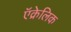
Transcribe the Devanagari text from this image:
ऍक्रेलिक